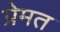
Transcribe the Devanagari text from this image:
प्रेमत